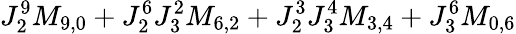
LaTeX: J_{2}^{9}M_{9,0}+J_{2}^{6}J_{3}^{2}M_{6,2}+J_{2}^{3}J_{3}^{4}M_{3,4}+J_{3}^{6}M_{0,6}